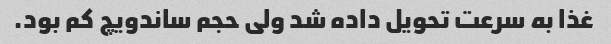
غذا به سرعت تحویل داده شد ولی حجم ساندویچ کم بود.